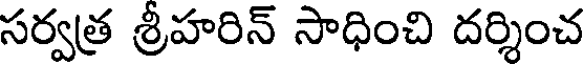
సర్వత్ర శ్రీహరిన్ సాధించి దర్శించ